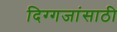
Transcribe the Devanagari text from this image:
दिग्गजांसाठी